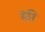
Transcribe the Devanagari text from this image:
हरि